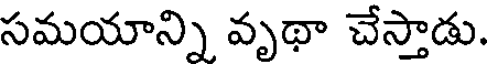
సమయాన్ని వృథా చేస్తాడు.